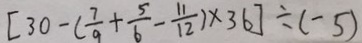
[ 3 0 - ( \frac { 7 } { 9 } + \frac { 5 } { 6 } - \frac { 1 1 } { 1 2 } ) \times 3 6 ] \div ( - 5 )